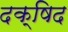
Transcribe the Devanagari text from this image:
दक्षिद